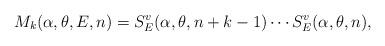
LaTeX: \begin{align*} M_k(\alpha,\theta,E,n)&=S_E^v(\alpha,\theta ,n+k-1)\cdots S_E^v(\alpha,\theta, n),\end{align*}